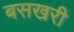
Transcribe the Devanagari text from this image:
बसखरी